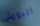
البورش